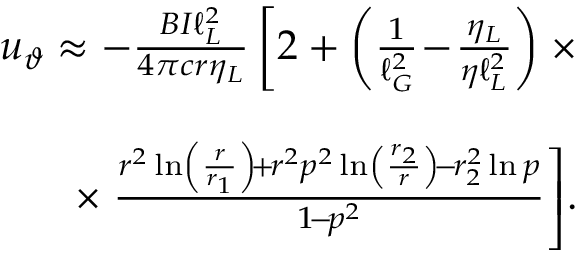
\begin{array} { r l r } & { } & { \! \! \! \! u _ { \vartheta } \approx - \frac { B I \ell _ { L } ^ { 2 } } { 4 \pi c r \eta _ { L } } \left[ 2 + \left( \frac { 1 } { \ell _ { G } ^ { 2 } } \! - \! \frac { \eta _ { L } } { \eta \ell _ { L } ^ { 2 } } \right) \right. \times } \\ & { } & \\ & { } & { \qquad \qquad \qquad \quad \times \left. \frac { r ^ { 2 } \ln \left( \frac { r } { r _ { 1 } } \right) \! + \! r ^ { 2 } p ^ { 2 } \ln \left( \frac { r _ { 2 } } { r } \right) \! - \! r _ { 2 } ^ { 2 } \ln p } { 1 \! - \! p ^ { 2 } } \right] \! . } \end{array}